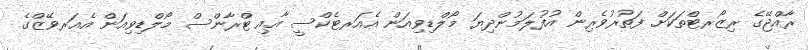
ރާއްޖޭގެ ރިޒޯރޓްތަކަށް ފަތުރުވެރިން އުފުލަމުންދިޔަ މޯލްޑިވިއަން އެއަރޓެކްސީ އާއި ޓްރާންސް މޯލްޑިވިއަން އެއަރވޭޒްގެ